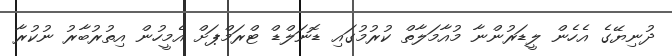
ދުނިޔޭގެ އެހެން ލީޑަރުންނާ މުއާމަލާތް ކުރުމުގައި ޑޮނަލްޑް ޓްރަމްޕަށް އެމީހުން އިތުރުބާރު ނުކުރާ